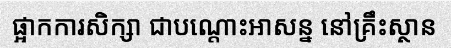
ផ្អាកការសិក្សា ជាបណ្តោះអាសន្ន នៅគ្រឹះស្ថាន